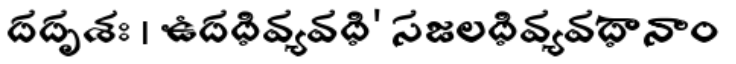
దదృశః । ఉదధివ్యవధి' సజలధివ్యవధానాం